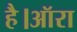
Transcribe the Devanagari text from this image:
है।ऑरा